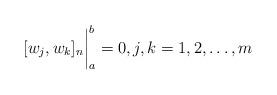
LaTeX: \begin{align*}[w_j,w_k]_n\bigg|_a^b=0, j,k=1,2,\dots,m\end{align*}